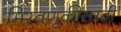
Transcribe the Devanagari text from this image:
मिरवणूकीसाठी